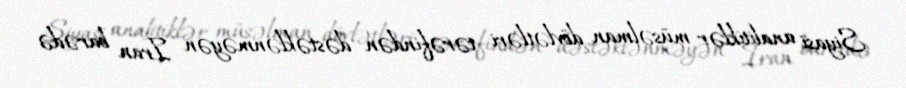
Siyasi analitiklər müsəlman dövlətləri tərəfindən dəstəklənməyən İran barədə